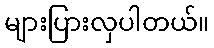
များပြားလှပါတယ်။